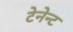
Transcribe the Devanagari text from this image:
टेनेन्ट